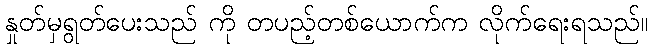
နှုတ်မှရွတ်ပေးသည် ကို တပည့်တစ်ယောက်က လိုက်ရေးရသည်။